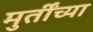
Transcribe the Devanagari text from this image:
मुर्तींच्या